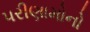
પરીણામોનો